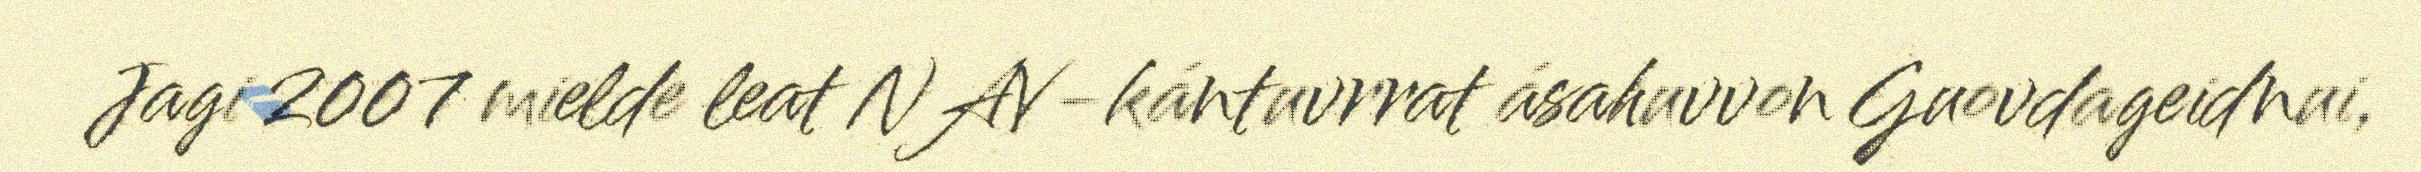
Jagi 2007 mielde leat NAV-kántuvrrat ásahuvvon Guovdageidnui,